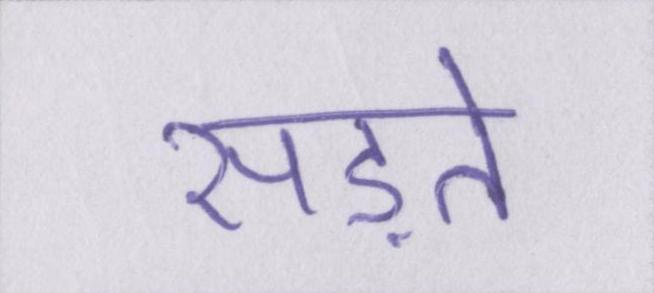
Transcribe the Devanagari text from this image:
सड़ते